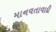
માનવતાવાદી